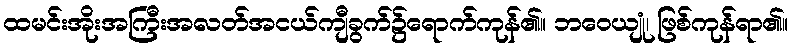
ထမင်းအိုးအကြီးအလတ်အငယ်ကျီခွက်၌ရောက်ကုန်၏။ ဘဝေယျုံ၊ ဖြစ်ကုန်ရာ၏။